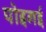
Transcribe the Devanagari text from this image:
पोइगई